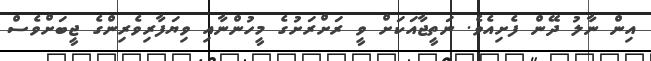
އިން ނާލު ދޭން ފެށިއެވެ. ނަތީޖާއަކަށް ވީ ރަށްރަށުގެ މީހުންނާއި ވިޔަފާރިވެރިންގެ ޖީބަށްވެސް